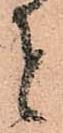
者